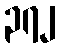
၃၇၂